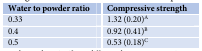
<table><thead><tr><td><b>Water to powder ratio</b></td><td><b>Compressive strength</b></td></tr></thead><tbody><tr><td>0.33</td><td>1.32 (0.20)<sup>A</sup></td></tr><tr><td>0.4</td><td>0.92 (0.41)<sup>B</sup></td></tr><tr><td>0.5</td><td>0.53 (0.18)<sup>C</sup></td></tr></tbody></table>